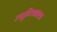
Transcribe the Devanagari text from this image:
लघुचित्रकला